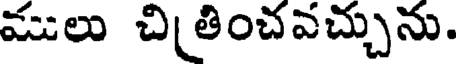
ములు చితించవచ్చును.